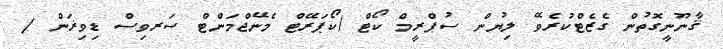
ޤާނޫނީގޮތުން ގެޒެޓްކުރެވޭ ލިޔުން ސުޕްރީމް ކޯޓް (ކޯޕަރޭޓް މެނޭޖްމަންޓް ސަރވިސް ޑިވިޜަން /